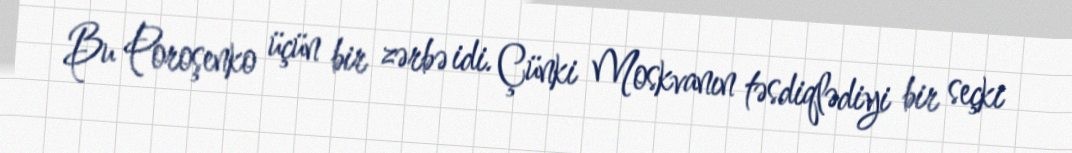
Bu Poroşenko üçün bir zərbə idi. Çünki Moskvanın təsdiqlədiyi bir seçki